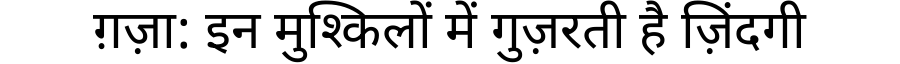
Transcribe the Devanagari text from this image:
ग़ज़ा: इन मुश्किलों में गुज़रती है ज़िंदगी